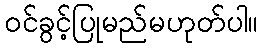
ဝင်ခွင့်ပြုမည်မဟုတ်ပါ။